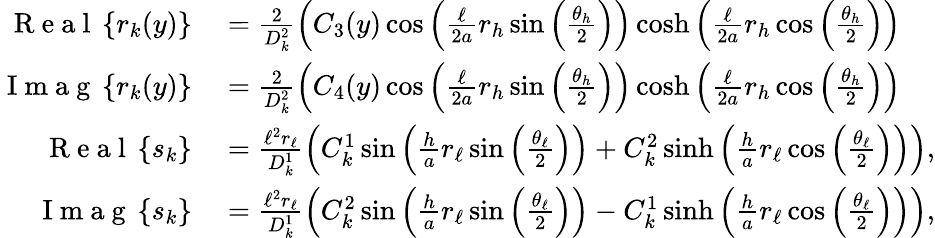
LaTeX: \begin{array}{rl}{\mathrm{~R~e~a~l~}\left\{ r_{k}(y)\right\} }&{{}=\frac{2}{D_{k}^{2}}\left(C_{3}(y)\cos\left(\frac{\ell}{2a}r_{h}\sin\left(\frac{\theta_{h}}{2}\right)\right)\cosh\left(\frac{\ell}{2a}r_{h}\cos\left(\frac{\theta_{h}}{2}\right)\right)\right.}\\ {\mathrm{~I~m~a~g~}\left\{ r_{k}(y)\right\} }&{{}=\frac{2}{D_{k}^{2}}\left(C_{4}(y)\cos\left(\frac{\ell}{2a}r_{h}\sin\left(\frac{\theta_{h}}{2}\right)\right)\cosh\left(\frac{\ell}{2a}r_{h}\cos\left(\frac{\theta_{h}}{2}\right)\right)\right.}\\ {\mathrm{~R~e~a~l~}\left\{ s_{k}\right\} }&{{}=\frac{\ell^{2}r_{\ell}}{D_{k}^{1}}\left(C_{k}^{1}\sin\left(\frac{h}{a}r_{\ell}\sin\left(\frac{\theta_{\ell}}{2}\right)\right)+C_{k}^{2}\sinh\left(\frac{h}{a}r_{\ell}\cos\left(\frac{\theta_{\ell}}{2}\right)\right)\right),}\\ {\mathrm{~I~m~a~g~}\left\{ s_{k}\right\} }&{{}=\frac{\ell^{2}r_{\ell}}{D_{k}^{1}}\left(C_{k}^{2}\sin\left(\frac{h}{a}r_{\ell}\sin\left(\frac{\theta_{\ell}}{2}\right)\right)-C_{k}^{1}\sinh\left(\frac{h}{a}r_{\ell}\cos\left(\frac{\theta_{\ell}}{2}\right)\right)\right),}\end{array}